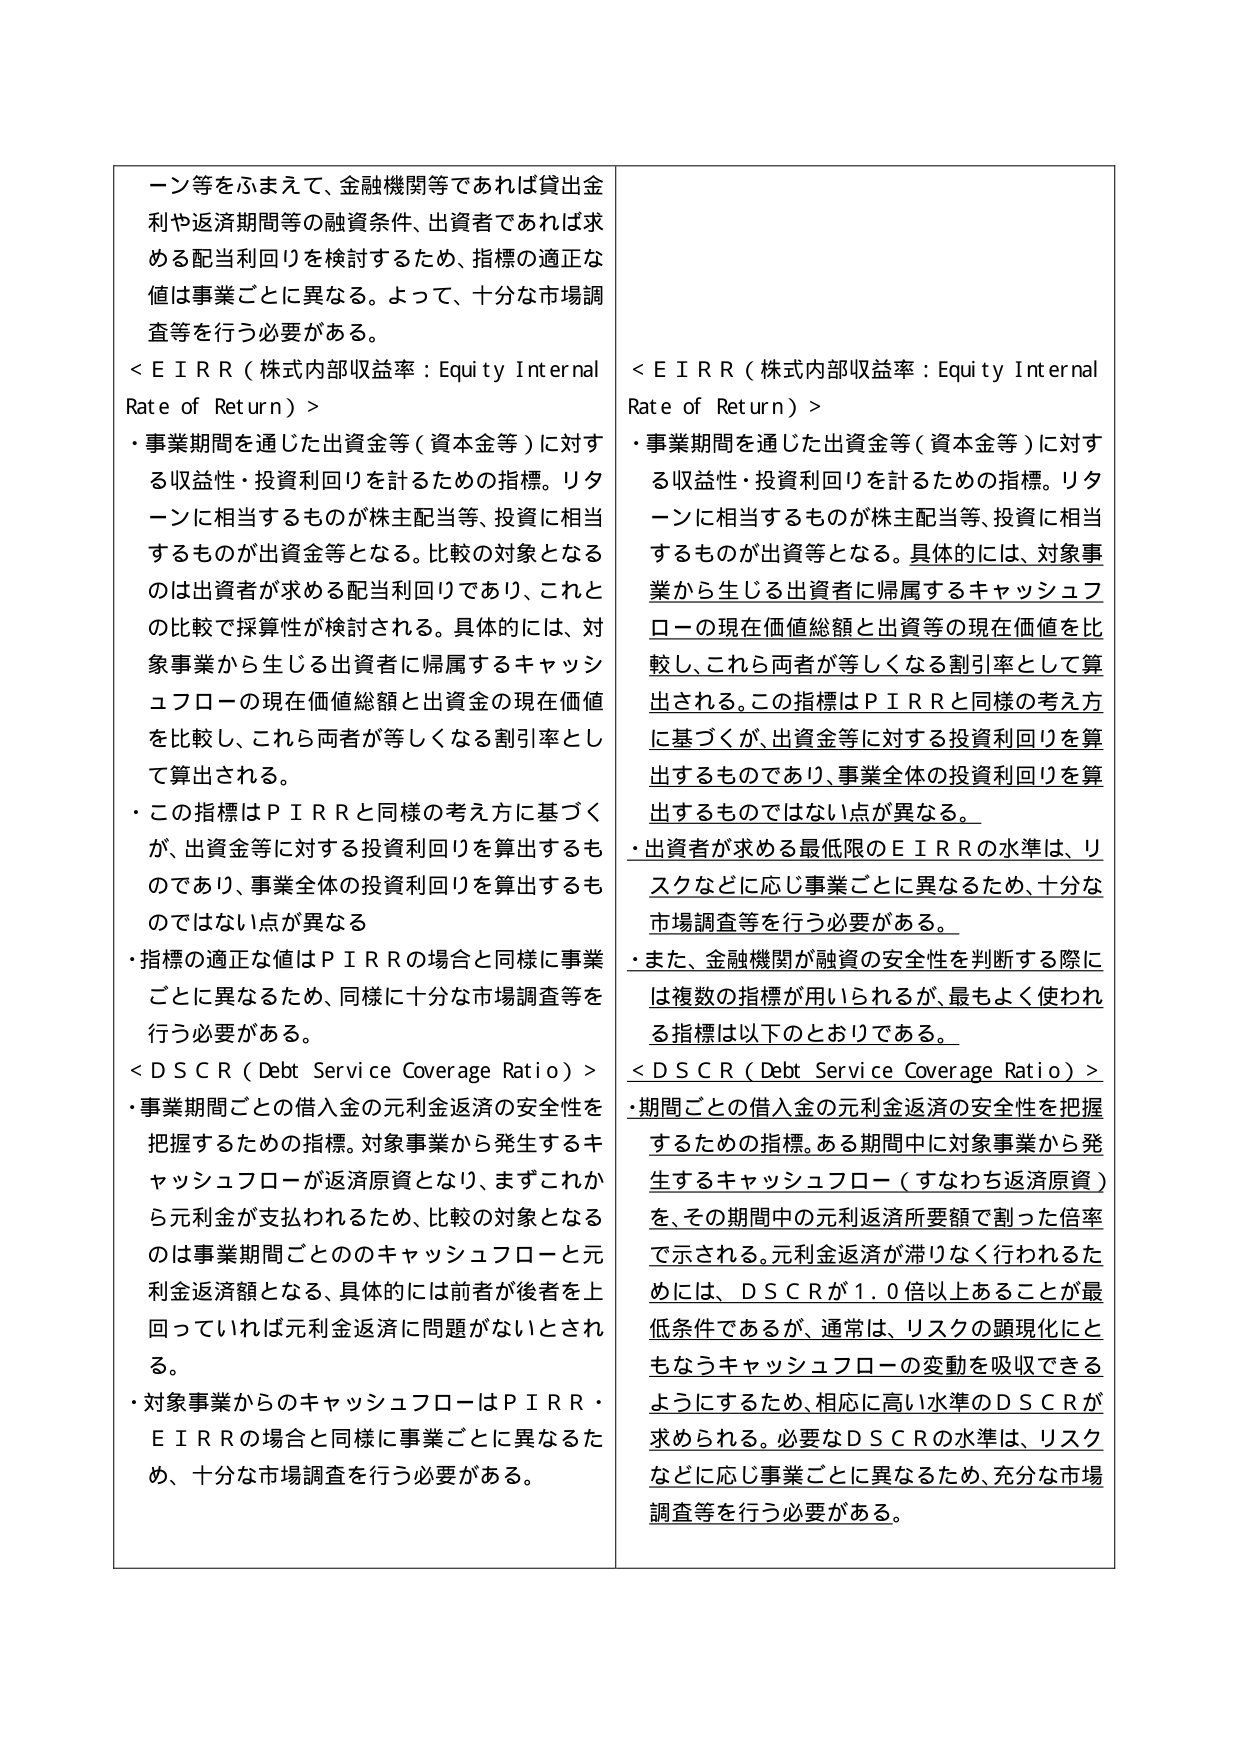
ーン等をふまえて、金融機関等であれば貸出金利や返済期間等の融資条件、出資者であれば求める配当利回りを検討するため、指標の適正な値は事業ごとに異なる。よって、十分な市場調査等を行う必要がある。

＜ＥＩＲＲ（株式内部収益率：Equity Internal Rate of Return）＞
・事業期間を通じた出資金等（資本金等）に対する収益性・投資利回りを計るための指標。リターンに相当するものが株主配当等、投資に相当するものが出資金等となる。比較の対象となるのは出資者が求める配当利回りであり、これとの比較で採算性が検討される。具体的には、対象事業から生じる出資者に帰属するキャッシュフローの現在価値総額と出資金の現在価値を比較し、これら両者が等しくなる割引率として算出される。
・この指標はＰＩＲＲと同様の考え方に基づくが、出資金等に対する投資利回りを算出するものであり、事業全体の投資利回りを算出するものではない点が異なる
・指標の適正な値はＰＩＲＲの場合と同様に事業ごとに異なるため、同様に十分な市場調査等を行う必要がある。

＜ＤＳＣＲ（Debt Service Coverage Ratio）＞
・事業期間ごとの借入金の元利金返済の安全性を把握するための指標。対象事業から発生するキャッシュフローが返済原資となり、まずこれから元利金が支払われるため、比較の対象となるのは事業期間ごとののキャッシュフローと元利金返済額となる、具体的には前者が後者を上回っていれば元利金返済に問題がないとされる。
・対象事業からのキャッシュフローはＰＩＲＲ・ＥＩＲＲの場合と同様に事業ごとに異なるため、十分な市場調査を行う必要がある。

＜ＥＩＲＲ（株式内部収益率：Equity Internal Rate of Return）＞
・事業期間を通じた出資金等（資本金等）に対する収益性・投資利回りを計るための指標。リターンに相当するものが株主配当等、投資に相当するものが出資等となる。具体的には、対象事業から生じる出資者に帰属するキャッシュフローの現在価値総額と出資等の現在価値を比較し、これら両者が等しくなる割引率として算出される。この指標はＰＩＲＲと同様の考え方に基づくが、出資金等に対する投資利回りを算出するものであり、事業全体の投資利回りを算出するものではない点が異なる。
・出資者が求める最低限のＥＩＲＲの水準は、リスクなどに応じ事業ごとに異なるため、十分な市場調査等を行う必要がある。
・また、金融機関が融資の安全性を判断する際には複数の指標が用いられるが、最もよく使われる指標は以下のとおりである。

＜ＤＳＣＲ（Debt Service Coverage Ratio）＞
・期間ごとの借入金の元利金返済の安全性を把握するための指標。ある期間中に対象事業から発生するキャッシュフロー（すなわち返済原資）を、その期間中の元利返済所要額で割った倍率で示される。元利金返済が滞りなく行われるためには、ＤＳＣＲが１．０倍以上あることが最低条件であるが、通常は、リスクの顕現化にともなうキャッシュフローの変動を吸収できるようにするため、相応に高い水準のＤＳＣＲが求められる。必要なＤＳＣＲの水準は、リスクなどに応じ事業ごとに異なるため、充分な市場調査等を行う必要がある。